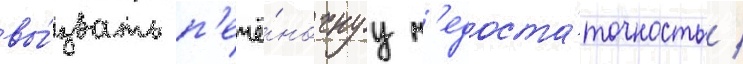
вы́звать п'ечё́ночнуу н'едоста́точность /